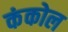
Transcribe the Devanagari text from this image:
कंकोल